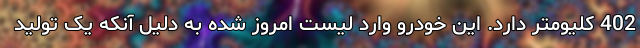
402 کلیومتر دارد. این خودرو وارد لیست امروز شده به دلیل آنکه یک تولید